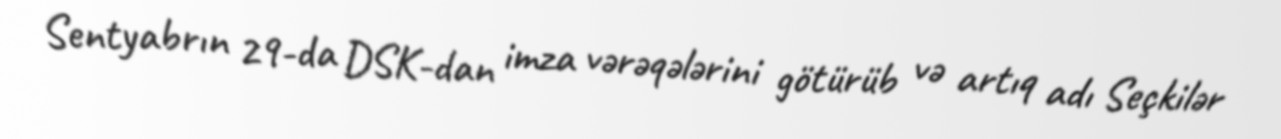
Sentyabrın 29-da DSK-dan imza vərəqələrini götürüb və artıq adı Seçkilər